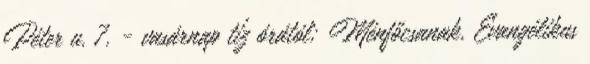
Péter u. 7. - vasárnap tíz órától; Ménfőcsanak, Evangélikus